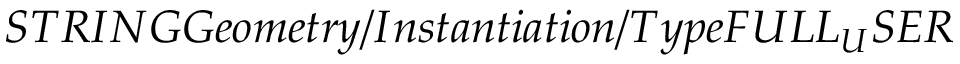
S T R I N G G e o m e t r y / I n s t a n t i a t i o n / T y p e F U L L _ { U } S E R